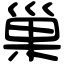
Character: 巢